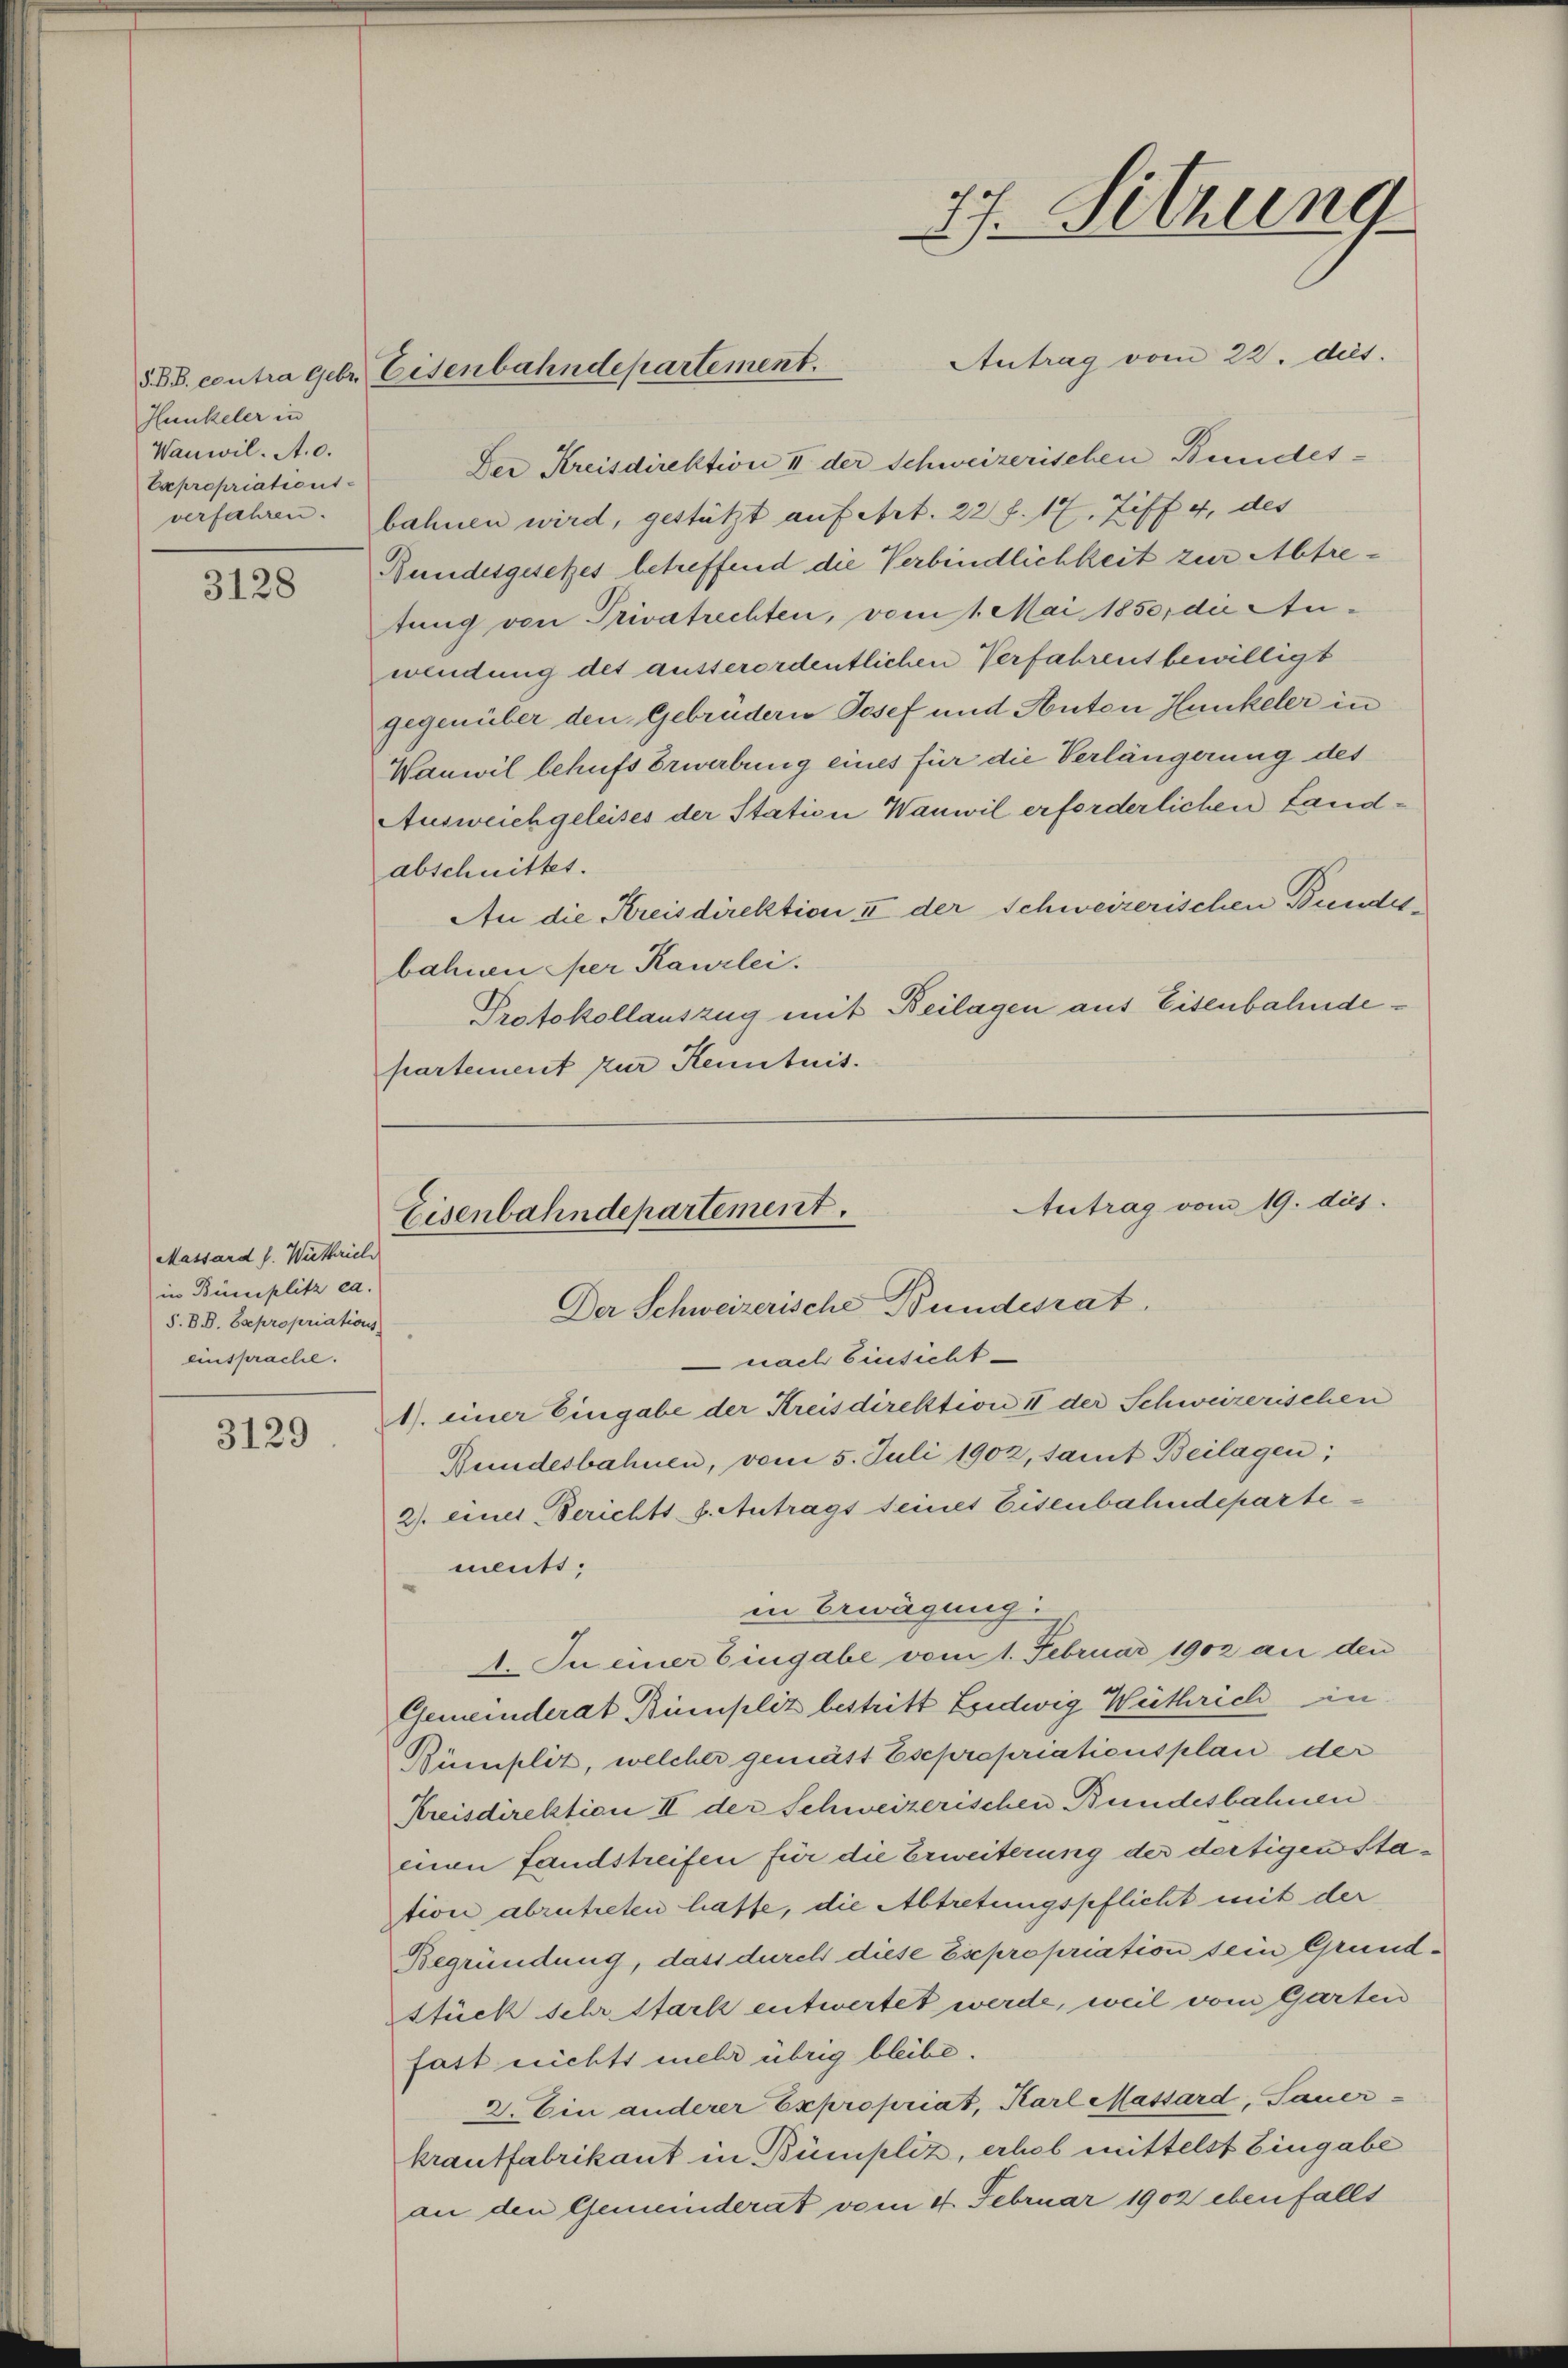
Hunkeler in
Wanwil. A. 0.
Expropriations-

3128

Massard J. Wirthrich
in Büniplitz ca.
S. B. B. Expropriations
einsprache.

3129

§BB. contra Gebr. Eisenbahndepartement.

Antrag vom 22. dict.
Der Kreisdirektion II der Schweizerischen Bundesverfahren. bahnen wird, gestützt auf Art. 22 f. 17, Ziff. 4, des
Bundesgesetzes betreffend die Verbindlichkeit zur Abtretung von Privatrechten, vom 1. Mai 1850, die Auwendung des ausserordentlichen Verfahrent bewilligt
gegenüber den Gebrüdern Josef und Anton Hunkeler in
Wanwil behufs Erwerbung eines für die Verlängerung des
Ausweichgeleises der Station Wanwil erforderlichen Landabschnittet.
An die Kreisdirektion II der Schweizerischen Bundes-
bahnen per Kanzlei.
Protokollauszug mit Beilagen aus Eisenbahndepartement zur Kenntnis.

Antrag vom 19. dies
Eisenbahndepartement.
Der Schweizerische Bundesrat.
nach Einsicht

ments;
in Erwägung:
1. In einer Eingabe vom 1. Februar 1902 an den
Gemeinderat Bümpliz bestritt Loedwig Wüthrich in
Bümplit, welcher gemäst Esepropriationsplan der
Kreisdirektion II der Schweizerischen Bundesbahnen
einen Landstreifen für die Erweiterung der dortigen Station abzutreten hafte, die Abtretungspflicht mit der
Begründung, dass durch diese Expropriation sein Grundstück sehr stark entwertet werde, weil vom Garten
fast nichts mehr übrig bleibe.
2. Ein anderer Expropriat, Karl Massard, Sauer-
krautfabrikant in Bümpliz, erhob mittelst Eingabe
an den Gemeinderat vom 4. Februar 1902 ebenfalls

1) einer Eingabe der Kreisdirektion II der Schweizerischen
Bundesbahnen, vom 5. Juli 1902, samt Beilagen;
2) einer Berichts 8. Antrags seines Eisenbahndeparte¬

77. Sitzung